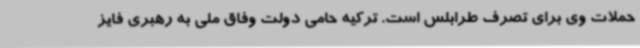
حملات وی برای تصرف طرابلس است. ترکیه حامی دولت وفاق ملی به رهبری فایز